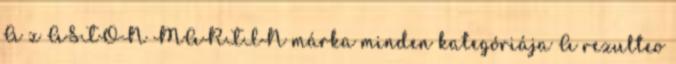
A z ASTON MARTIN márka minden kategóriája A rezulteo